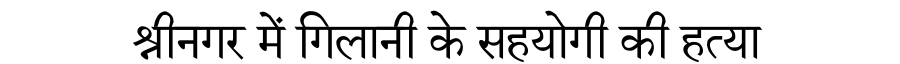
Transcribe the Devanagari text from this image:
श्रीनगर में गिलानी के सहयोगी की हत्या